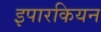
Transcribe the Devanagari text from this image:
इपारकियन